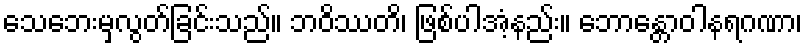
သေဘေးမှလွတ်ခြင်းသည်။ ဘဝိဿတိ၊ ဖြစ်ပါအံ့နည်း။ ဘောန္တောဝါနရဂဏာ၊